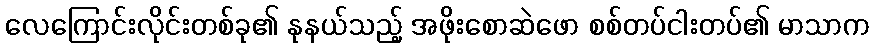
လေကြောင်းလိုင်းတစ်ခု၏ နုနယ်သည့် အဖိုးစောဆဲဖော စစ်တပ်ငါးတပ်၏ မာသာက